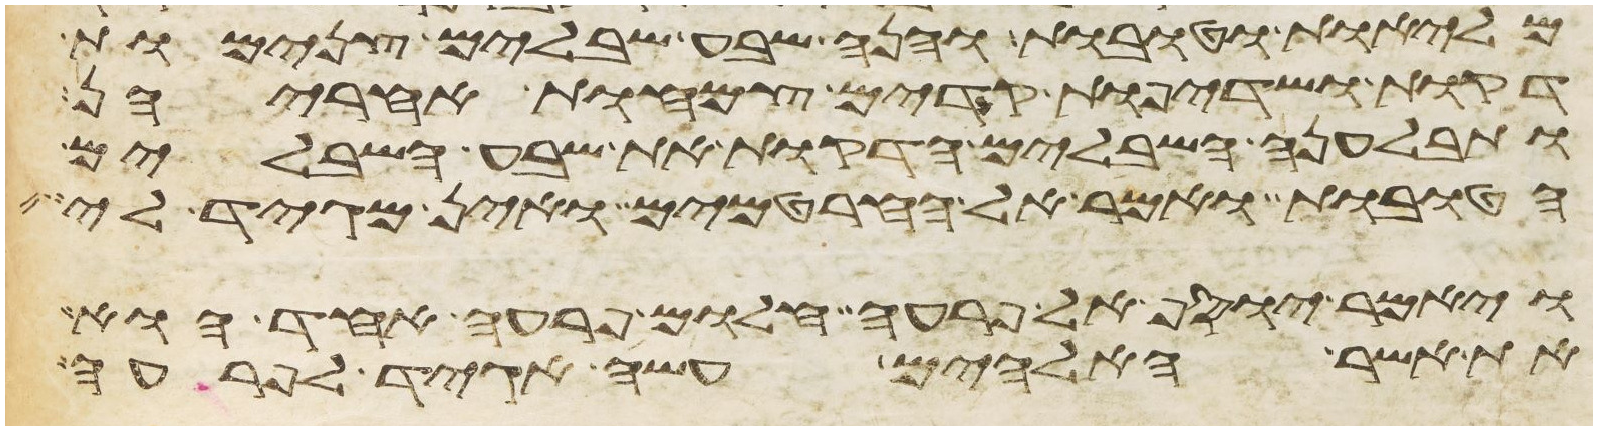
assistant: מליות וטובות והנה שבע שבלים צנמות
דקות ושדיפות קדים צמחות אחריהן
ותבלענה השבלים הדקות את שבע השבלים
הטובות ואמר אל החרטמים ואין מגיד לי
ויאמר יוסף אל פרעה חלום פרעה אחד הוא
את אשר האלהים עשה אגיד לפרעה